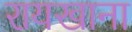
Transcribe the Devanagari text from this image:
रायखाना